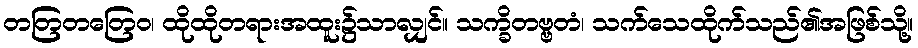
တတြတတြေဝ၊ ထိုထိုတရားအထူး၌သာလျှင်။ သက္ခိတဗ္ဗတံ၊ သက်သေထိုက်သည်၏အဖြစ်သို့။